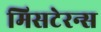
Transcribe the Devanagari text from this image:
मिसटेरन्स